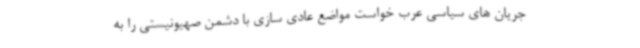
جریان های سیاسی عرب خواست مواضع عادی سازی با دشمن صهیونیستی را به